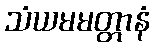
သံယမမတ္တာနံ